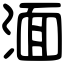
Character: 湎